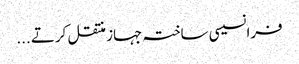
فرانسیسی ساختہ جہاز منتقل کرتے ...